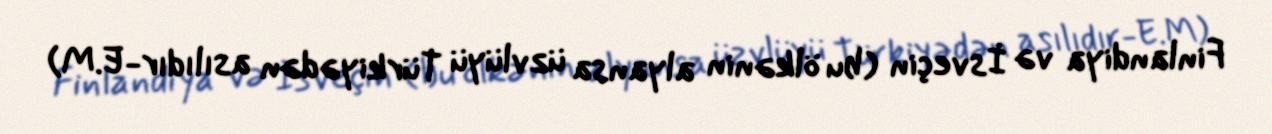
Finlandiya və İsveçin (bu ölkənin alyansa üzvlüyü Türkiyədən asılıdır-E.M)